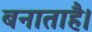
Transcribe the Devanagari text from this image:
बनाताहै।